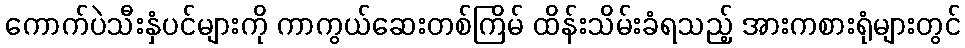
ကောက်ပဲသီးနှံပင်များကို ကာကွယ်ဆေးတစ်ကြိမ် ထိန်းသိမ်းခံရသည့် အားကစားရုံများတွင်